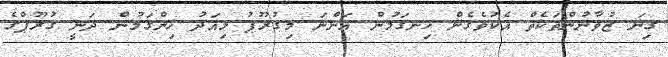
ގިނަ ޒުވާނުންތަކެތް އެކުވެގެން ހިނގަަމުން އަންނަ މިގުރޫޕު މިއަދު ހިންގަމުން ދަނީ ގުރޫޕްގެ